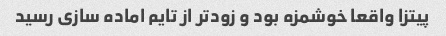
پیتزا واقعا خوشمزه بود و زود‌تر از تایم اماده سازی رسید